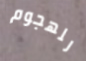
للهجوم